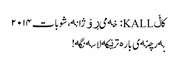
کاڵ KALL: خەمی ڕۆژانە، شوبات ٢٠١٤
بەرچنەی بارە ترێکە لاسەنگە!